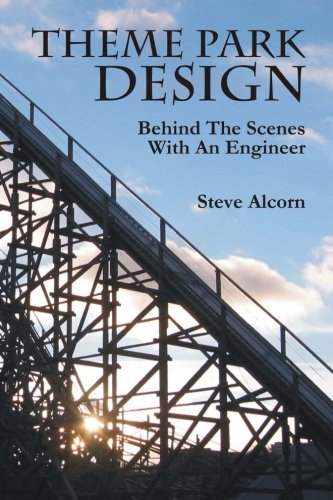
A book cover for Theme Park Design: Behind The Scenes With An Engineer; Steve Alcorn; Travel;